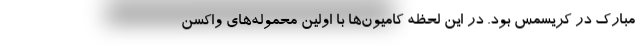
مبارک در کریسمس بود. در این لحظه کامیون‌ها با اولین محموله‌های واکسن